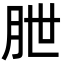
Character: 朑